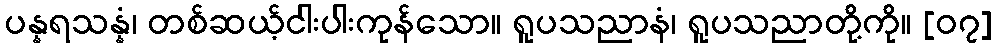
ပန္နရသန္နံ၊ တစ်ဆယ့်ငါးပါးကုန်သော။ ရူပသညာနံ၊ ရူပသညာတို့ကို။ [၀၇]